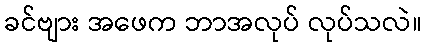
ခင်ဗျား အဖေက ဘာအလုပ် လုပ်သလဲ။